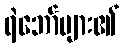
ရဲဘော်များ၏